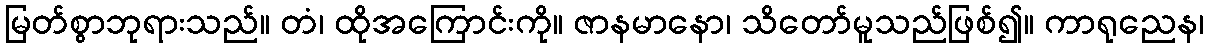
မြတ်စွာဘုရားသည်။ တံ၊ ထိုအကြောင်းကို။ ဇာနမာနော၊ သိတော်မူသည်ဖြစ်၍။ ကာရုညေန၊